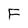
Character: F